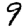
Digit: 9